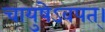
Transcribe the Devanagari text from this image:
चायुषेऽवपत्।